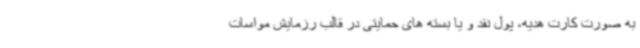
به صورت کارت هدیه، پول نقد و یا بسته های حمایتی در قالب رزمایش مواسات